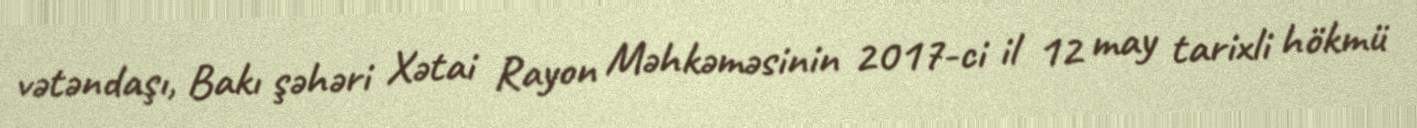
vətəndaşı, Bakı şəhəri Xətai Rayon Məhkəməsinin 2017-ci il 12 may tarixli hökmü